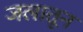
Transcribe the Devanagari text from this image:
जलातून